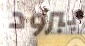
ببرود